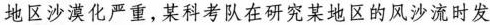
地区沙漠化严重，某料考队在研究某地区的风沙流时发